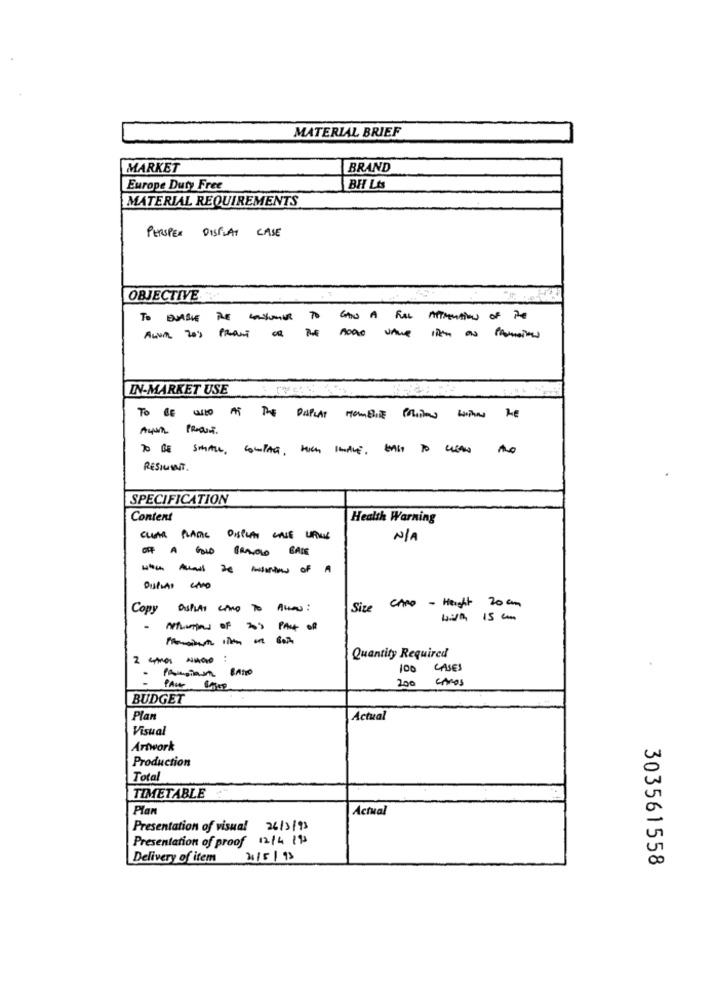
MATERIAL BRIEF
MARKET
BRAND
Europe Duty Free
BH LAS
MATERIAL REQUIREMENTS
PERSPEX DISPLAY CASE
OBJECTIVE
TO ENASIE RE CONSUMER TO GAN A FULL ATTENTION OF TE
Aun 20 ---------
IN-MARKET USE
TO BE WE AT The DUPLAT HOMBRE PALITOS WITHON ME
TO BE SMAL, SOUTAG, LES IALE, WAS TO WANA
RESIuINT.
SPECIFICATION
Content
Health Warning
CULAR PLATTE DISPLAY CASE LIFING
----- of A
Size CARO - Height 20 am
Copy astuas CARD To Allow:
APLUTON OF 20'S PANT OR
2 -as NAGO :
Quantity Required
100
CASES
PAUL
200
CAROS
BUDGET
Plan
Actual
Visual
Artwork
Production
Total
TIMETABLE
Plan
Actual
Presentation of visual 26/3/93
Presentation of proof 12/4 /95
Delivery of item
21/5/93
303561558